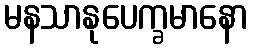
မနသာနုပေက္ခမာနော